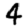
Digit: 4